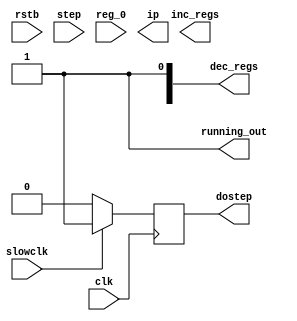
/////////////////////////////////////////
// numbotron instructions

module thread( clk, slowclk, rstb, step, reg_0, inc_regs, dec_regs, dostep, ip, running_out );
input clk;
input rstb;
input slowclk;  // slow down clock so we can see it working
input step;     // single step button
input [7:0] reg_0;
output [7:0] inc_regs;
output [7:0] dec_regs;
output dostep;  // should we run inc / dec?
output [4:0] ip;
output running_out;
wire running_out;
wire [24:0] current_instruction;
reg instruction_finished = 1;  // has the current instruction completed?
reg running = 1;               // are we running? (or editing)
reg stepping;                  // are we single stepping?
assign running_out = running;
reg [4:0] instruction_pointer; // what are we working on?

reg [24:0] instructions [0:24];
reg [7:0] reg_insn_zero;
reg [7:0] reg_insn_inc;
reg [7:0] reg_insn_dec;
wire [7:0] inc_regs;
wire [7:0] dec_regs;
reg dostep;
reg [4:0] ip;

initial begin
  instructions[0] = 24'h020101;
end

always @(*) ip = instruction_pointer;
always @(posedge clk) 
if (slowclk ) dostep <= 1;
else dostep <= 0;

assign dec_regs[0] = 1'h1;

assign current_instruction = instructions[instruction_pointer];
endmodule